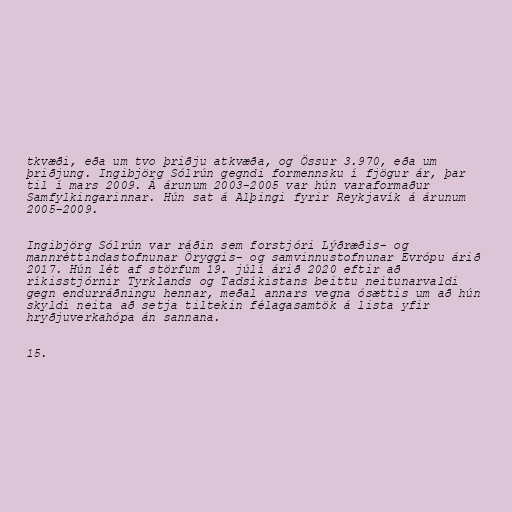
tkvæði, eða um tvo þriðju atkvæða, og Össur 3.970, eða um
þriðjung. Ingibjörg Sólrún gegndi formennsku í fjögur ár, þar
til í mars 2009. Á árunum 2003-2005 var hún varaformaður
Samfylkingarinnar. Hún sat á Alþingi fyrir Reykjavík á árunum
2005-2009.

Ingibjörg Sólrún var ráðin sem forstjóri Lýðræðis- og
mannréttindastofnunar Öryggis- og samvinnustofnunar Evrópu árið
2017. Hún lét af störfum 19. júlí árið 2020 eftir að
ríkisstjórnir Tyrklands og Tadsíkistans beittu neitunarvaldi
gegn endurráðningu hennar, meðal annars vegna ósættis um að hún
skyldi neita að setja tiltekin félagasamtök á lista yfir
hryðjuverkahópa án sannana.

15.